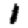
Digit: 1